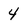
Character: 4